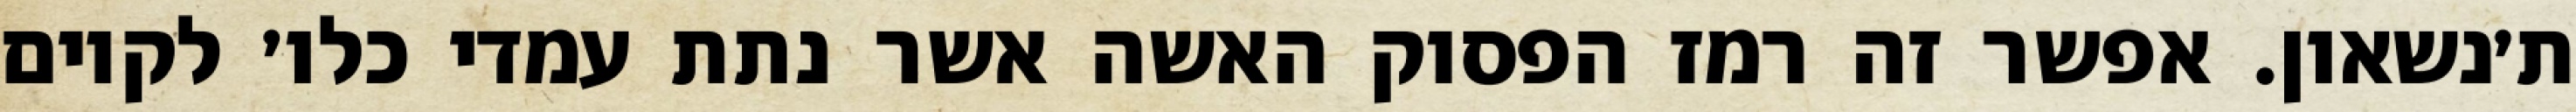
ת׳נשאון. אפשר זה רמז הפסוק האשה אשר נתת עמדי כלו׳ לקיום